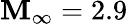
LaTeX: \mathbf{M}_{\infty}=2.9